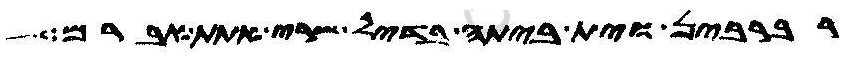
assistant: רברבין וית ביתה בדיל שרי אתת אברם